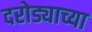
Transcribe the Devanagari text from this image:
दरोड्याच्या